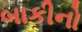
બાકીનો